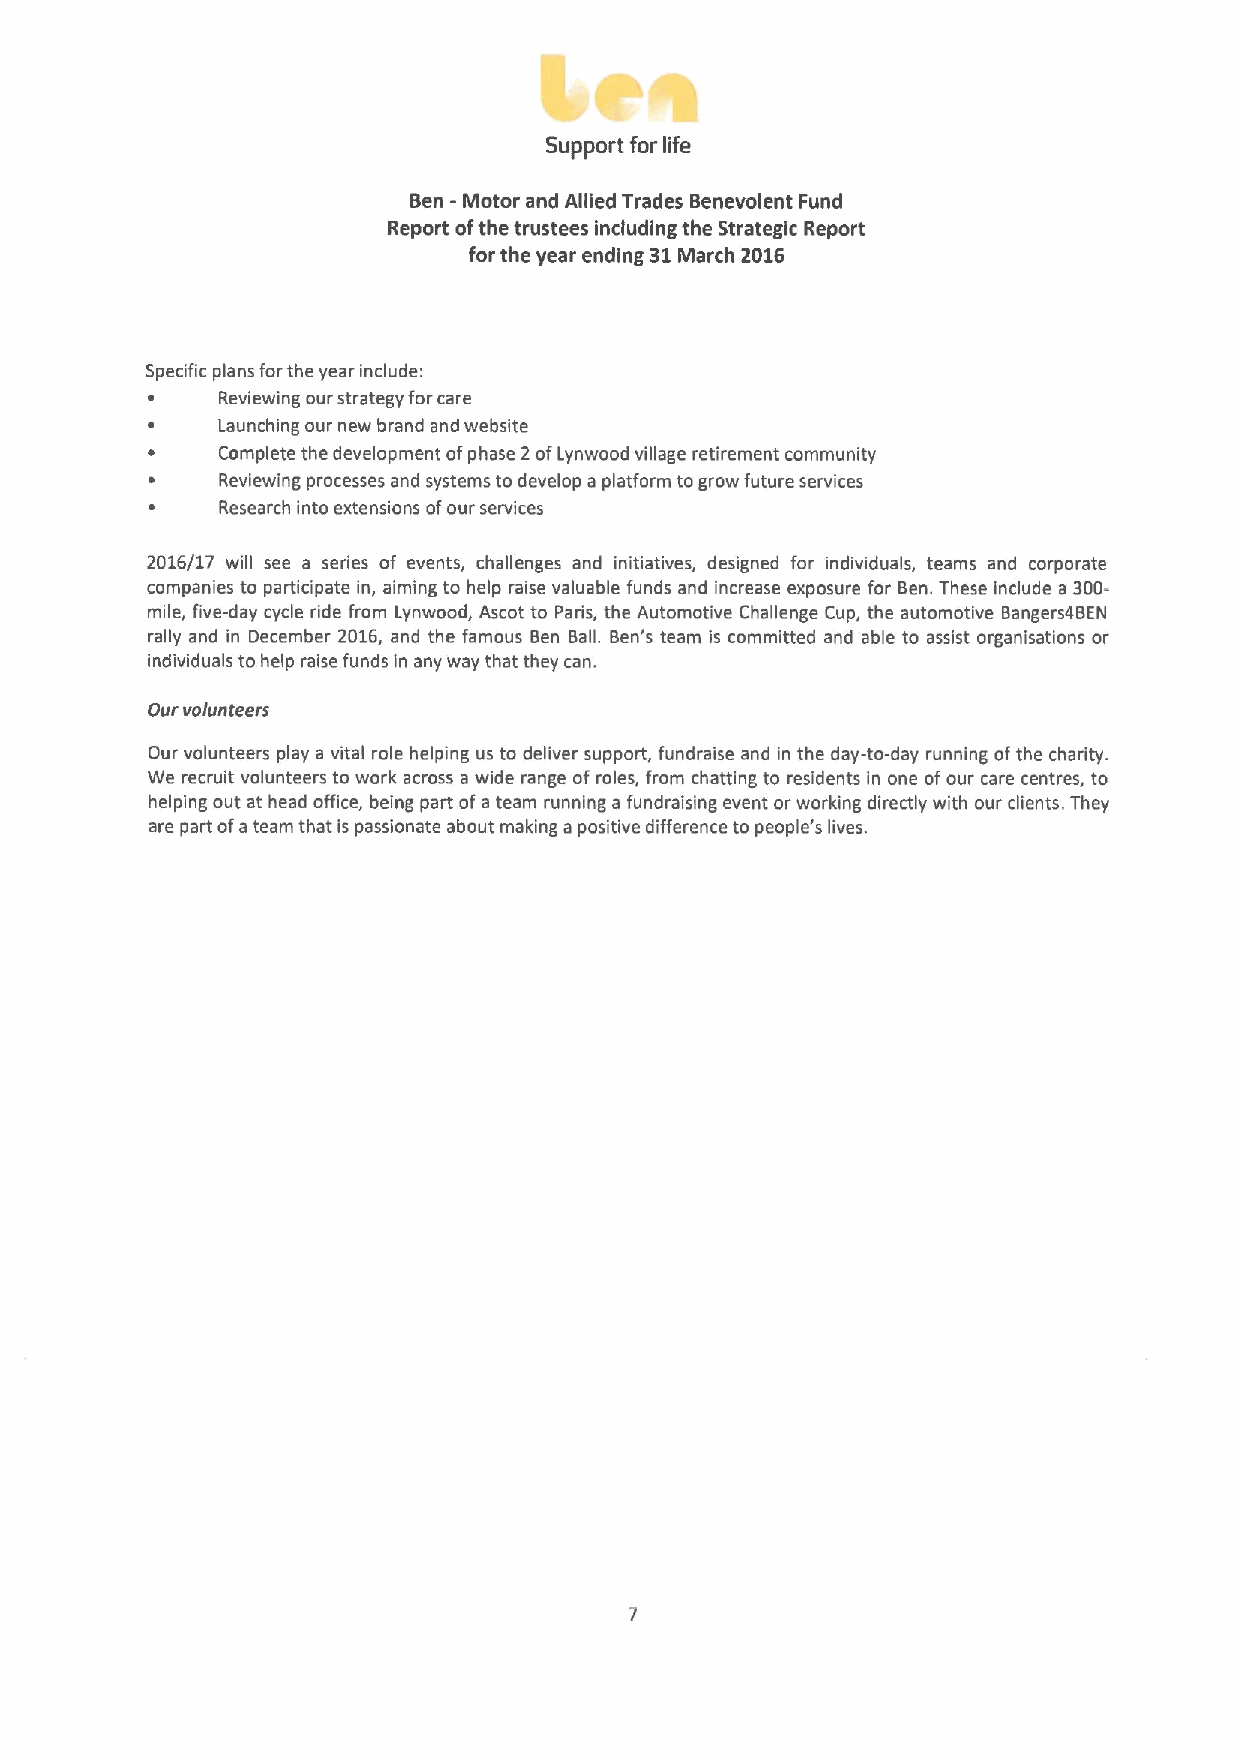
Support for life
 Ben -Motor and Allied Trades Benevolent Fund
 Report ofthe trustees including the Strategic Report
 for the year ending 31March 2016
 Specific plans forthe year include:
 ~   Reviewing our strategy forcare
 ~   Launching our new brand and website
 ~   Complete the development ofphase 2ofLynwood village retirement community
 ~   Reviewing processes and systems to develop a platform togrow future services
 Research into extensions ofour services
 2016/17 will see a series of events, challenges and initiatives, designed for individuals, teams and corporate
 companies to participate in, aiming to help raise valuable funds and increase exposure for Ben.These include a 300-
 mile, five-day cycle ride from Lynwood, Ascot to Paris, the Automotive Challenge Cup, the automotive Bangers4BEN
 rally and in December 2016, and the famous Ben Ball. Ben's team is committed and able to assist organisations or
 individuals to help raise funds in any way that they can.
 Our volunteers
 Our volunteers play a vital role helping us to deliver support, fundraise and in the day-to-day running ofthe charity.
 We recruit volunteers to work across a wide range of roles, from chatting to residents in one ofour care centres, to
 helping out at head office, being part ofa team running a fundraising event or working directly with our clients. They
 are part ofa team that is passionate about making apositive difference to people's lives.